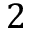
2